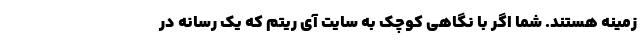
زمینه هستند. شما اگر با نگاهی کوچک به سایت آی ریتم که یک رسانه در